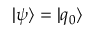
| \psi \rangle = | q _ { 0 } \rangle